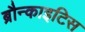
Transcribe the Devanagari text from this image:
ब्रौन्काइटिस